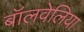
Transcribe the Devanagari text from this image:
बॉलवेलिया